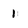
Character: 1